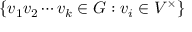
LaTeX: \{ v _ { 1 } v _ { 2 } \cdots v _ { k } \in G : v _ { i } \in V ^ { \times } \}